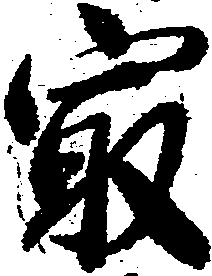
最